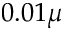
0 . 0 1 \mu